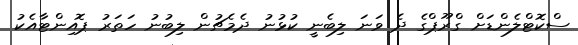
ސްކޮޓްލެންޑަށް ގްރޫޕްގެ ދެ ވަނަ ލިބެނީ ކުޅުނު ދެމެޗުން ލިބުނު ހަތަރު ޕޮއިންޓާއެކު